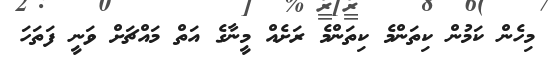
މިހެން ކަމުން ކިތަންމެ ކިތަންމެ ރަށެއް މީނާގެ އަތް މައްޗަށް ވަނީ ފަތަހަ